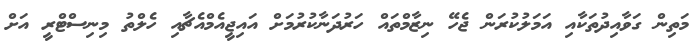
މަތިން ގަވާއިދުތަކާއި އަމަލުކުރަން ޖެހޭ ނިޒާމްތައް ހަރުދަނާކުރުމަށް އައިޖީއެމްއެޗާއި ހެލްތު މިނިސްޓްރީ އަށް